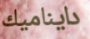
دايناميك